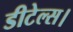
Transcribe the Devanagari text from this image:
डीटेल्स।